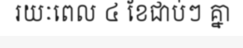
រយៈពេល ៤ ខែជាប់ៗ គ្នា